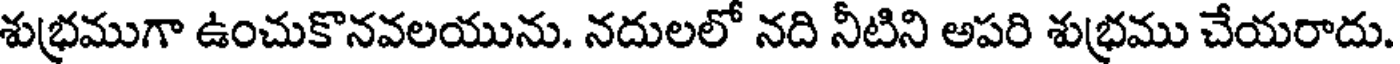
శుభ్రముగా ఉంచుకొనవలయును. నదులలో నది నీటిని అపరి శుభ్రము చేయరాదు.